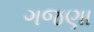
ગજણા